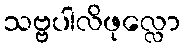
သဗ္ဗပါလိဖုလ္လော